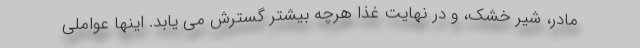
مادر، شیر خشک، و در نهایت غذا هرچه بیشتر گسترش می یابد. اینها عواملی